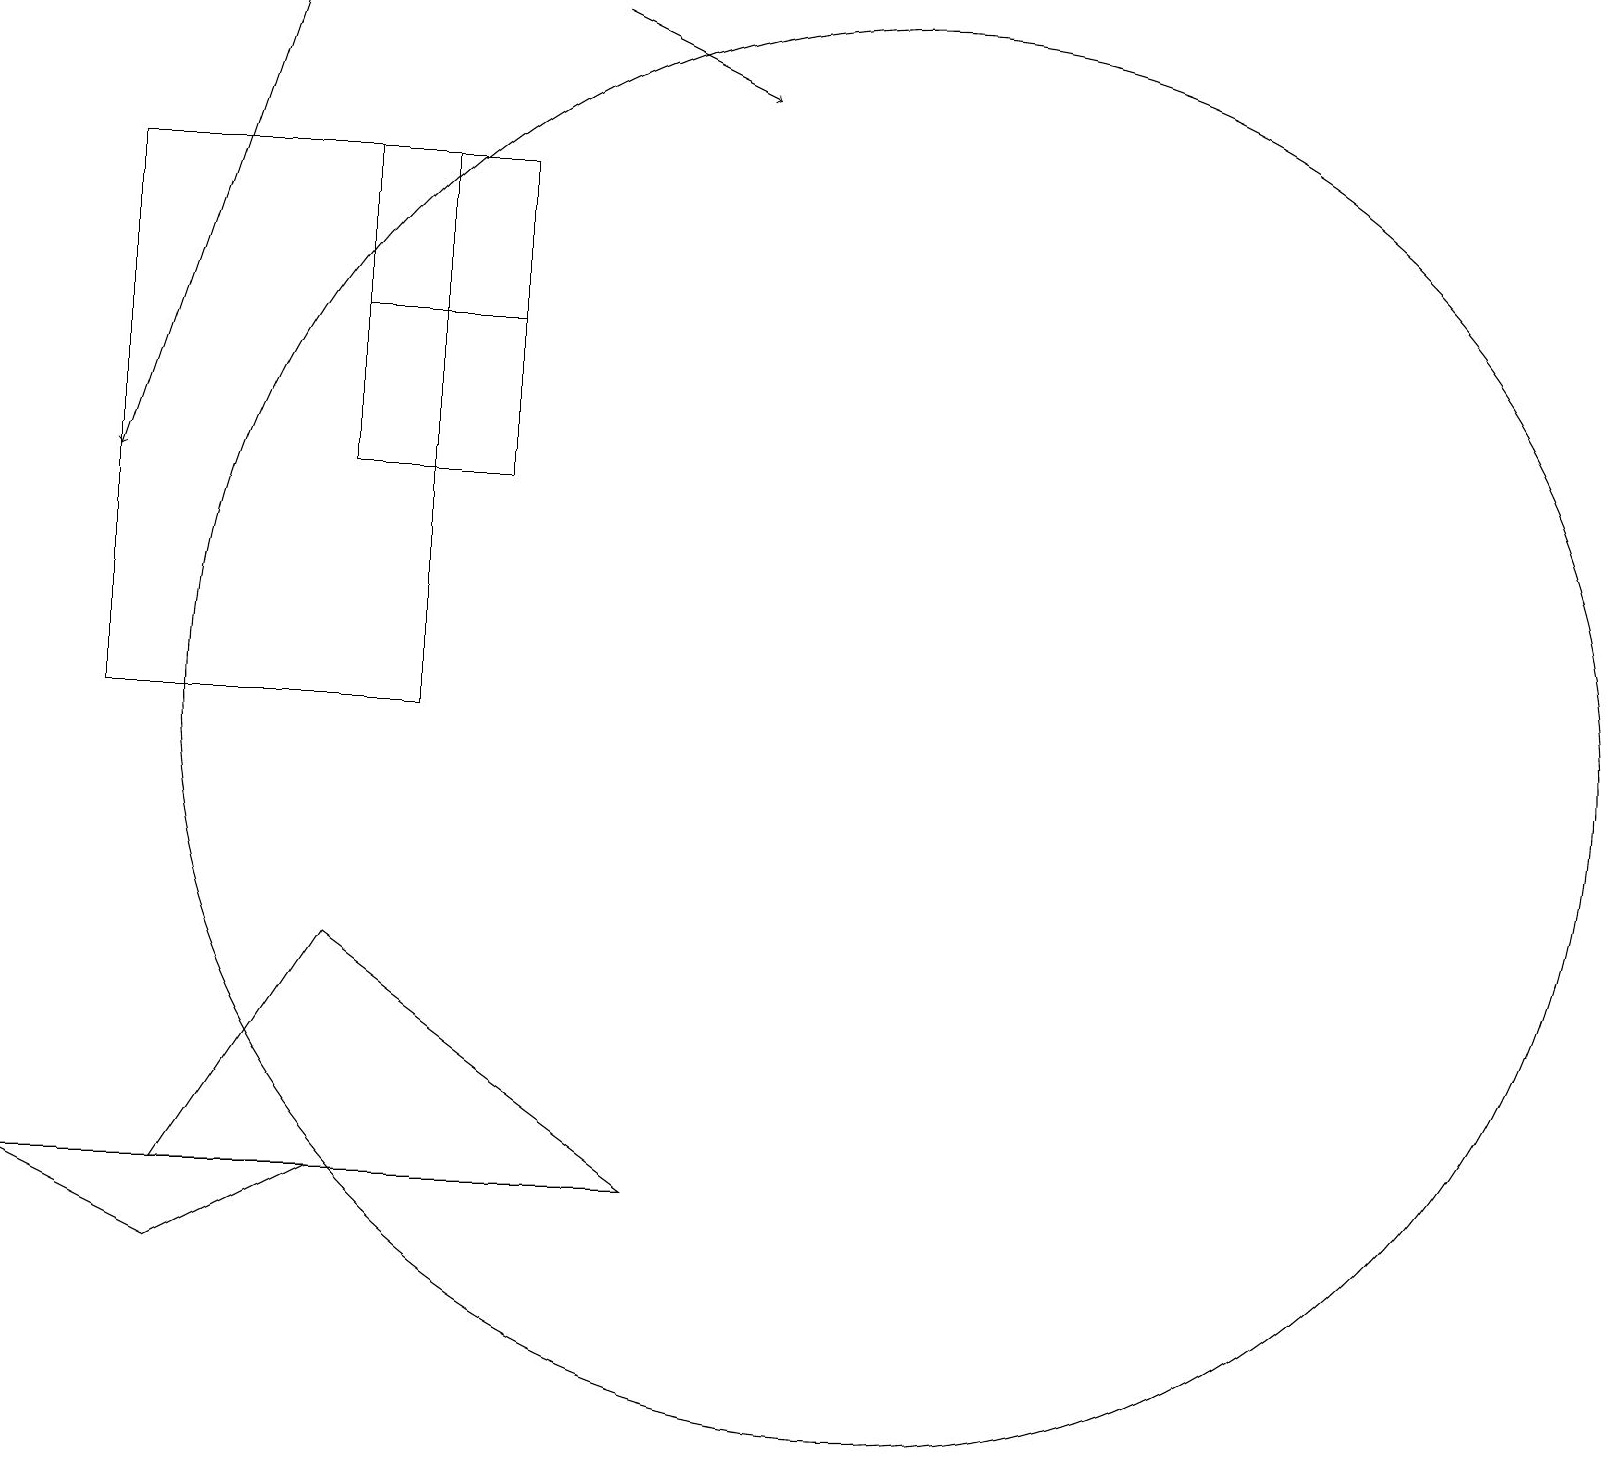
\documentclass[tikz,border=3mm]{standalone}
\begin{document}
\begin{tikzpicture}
\draw (0,4) -- (4,4) -- (2,3) -- cycle;
\draw (2,4) -- (8,4) -- (4,7) -- cycle;
\draw[->] (7,19) -- (9,18);
\draw (6,13) rectangle (4,17);
\draw (4,15) rectangle (6,17);
\draw[->] (3,19) -- (1,13);
\draw (11,10) circle (9);
\draw (1,17) rectangle (5,10);
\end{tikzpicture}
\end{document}